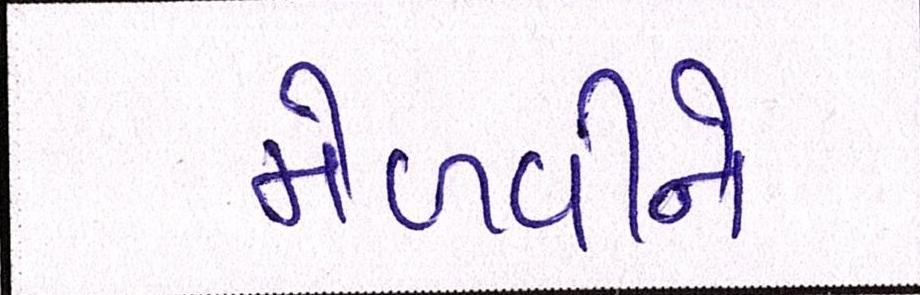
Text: મેળવીને